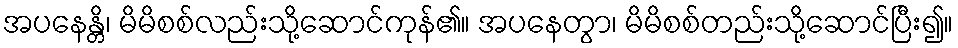
အပနေန္တိ၊ မိမိစစ်လည်းသို့ဆောင်ကုန်၏။ အပနေတွာ၊ မိမိစစ်တည်းသို့ဆောင်ပြီး၍။